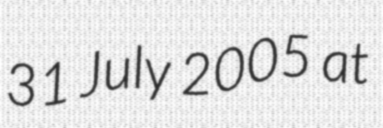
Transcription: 31 July 2005 at